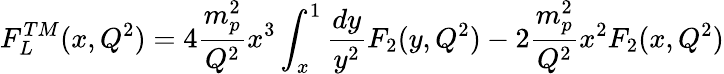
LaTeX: F_{L}^{TM}(x,Q^{2})=4\frac{m_{p}^{2}}{Q^{2}}x^{3}\int_{x}^{1}\frac{dy}{y^{2}}F_{2}(y,Q^{2})-2\frac{m_{p}^{2}}{Q^{2}}x^{2}F_{2}(x,Q^{2})